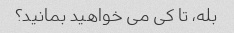
بله، تا کی می خواهید بمانید؟